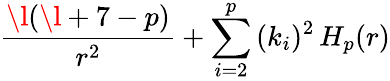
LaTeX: {\frac{\l(\l+7-p)}{r^{2}}}+\sum_{i=2}^{p}\, (k_{i})^{2}\, H_{p}(r)